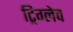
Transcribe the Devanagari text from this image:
ट्रिग्लेव